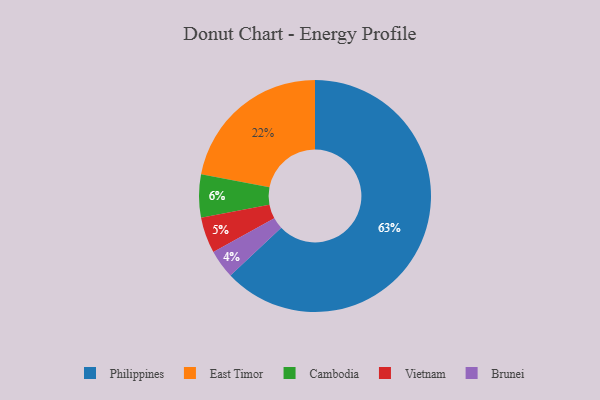
{"axis": {"x": "Category", "y": "Percentage"}, "legend": ["Brunei", "Cambodia", "East Timor", "Philippines", "Vietnam"], "data": [{"x": "Brunei", "y": 4, "type": "Brunei"}, {"x": "Cambodia", "y": 6, "type": "Cambodia"}, {"x": "Vietnam", "y": 5, "type": "Vietnam"}, {"x": "East Timor", "y": 22, "type": "East Timor"}, {"x": "Philippines", "y": 63, "type": "Philippines"}]}